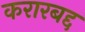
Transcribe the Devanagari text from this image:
करारबद्द